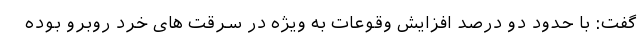
گفت: با حدود دو درصد افزایش وقوعات به ویژه در سرقت های خرد روبرو بوده